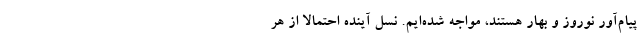
پیام‌آور نوروز و بهار هستند، مواجه شده‌ایم. نسل آینده احتمالا از هر